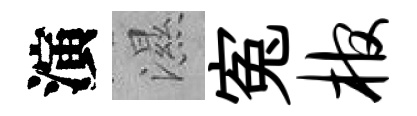
演濕寃棺